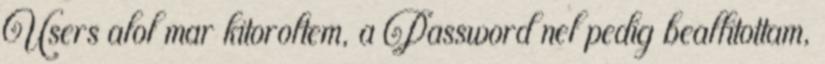
Users alol mar kitoroltem, a Password nel pedig beallitottam,